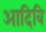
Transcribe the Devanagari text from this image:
आदिवि